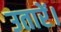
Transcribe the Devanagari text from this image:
उतारें।